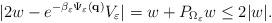
LaTeX: \begin{align*} |2w - e^{-\beta_{\varepsilon} \Psi_{\varepsilon}(\mathbf{q})} V_{\varepsilon} | = w+P_{\Omega_{\varepsilon}} w \le 2 |w|.\end{align*}